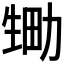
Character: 𱰘